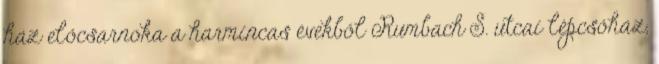
ház előcsarnoka a harmincas évekből Rumbach S. utcai lépcsőház,